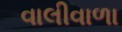
વાલીવાળા